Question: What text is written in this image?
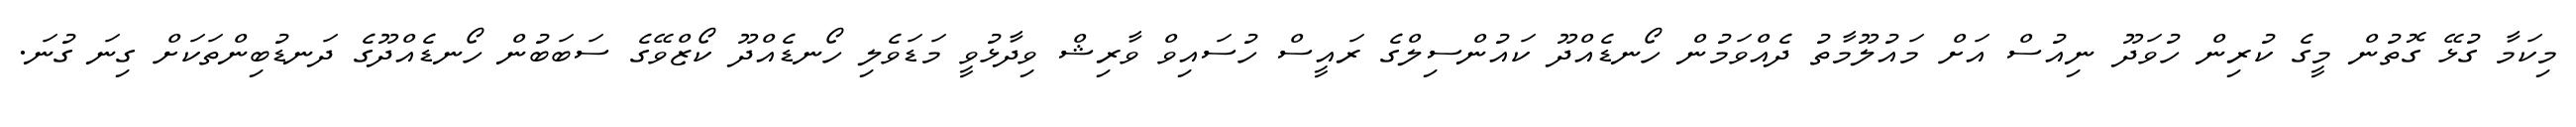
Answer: މިކަމާ ގުޅޭ ގޮތުން މީގެ ކުރިން ހުވަދޫ ނިއުސް އަށް މައުލޫމާތު ދެއްވަމުން ހޯނޑެއްދޫ ކައުންސިލްގެ ރައީސް ހުސައިވް ވާރިޝް ވިދާޅުވީ މަޑަވެލި ހޯނޑެއްދޫ ކޯޒްވޭގެ ސަބަބުން ހޯނޑެއްދޫގެ ދަނޑުބިންތަކަށް ގިނަ ގުނަ.